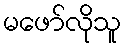
မဖော်လိုသူ